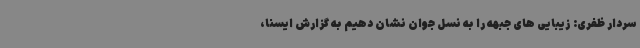
سردار ظفری: زیبایی های جبهه را به نسل جوان نشان دهیم به گزارش ایسنا،